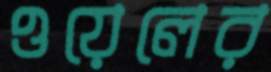
ওয়েলের